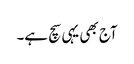
آج بھی یہی سچ ہے۔